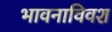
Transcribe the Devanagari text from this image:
भावनाविवश